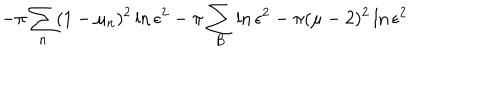
- \pi \sum _ { n } ( 1 - \mu _ { n } ) ^ { 2 } \ln \epsilon ^ { 2 } - \pi \sum _ { B } \ln \epsilon ^ { 2 } - \pi ( \mu - 2 ) ^ { 2 } \ln \epsilon ^ { 2 }